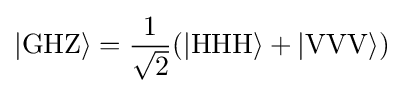
|\mathrm {GHZ} \rangle ={\frac {1}{\sqrt {2}}}(|\mathrm {HHH} \rangle +|\mathrm {VVV} \rangle )